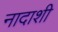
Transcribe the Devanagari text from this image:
नादाशी